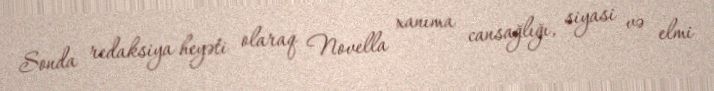
Sonda redaksiya heyəti olaraq Novella xanıma cansağlığı, siyasi və elmi